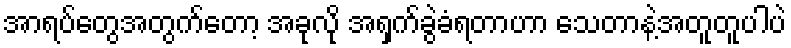
အာရပ်တွေအတွက်တော့ အခုလို အရှက်ခွဲခံရတာဟာ သေတာနဲ့အတူတူပါပဲ